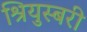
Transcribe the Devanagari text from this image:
श्रियुस्बरी